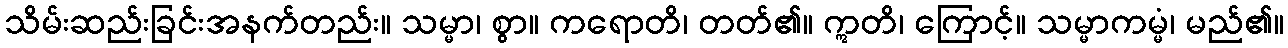
သိမ်းဆည်းခြင်းအနက်တည်း။ သမ္မာ၊ စွာ။ ကရောတိ၊ တတ်၏။ ဣတိ၊ ကြောင့်။ သမ္မာကမ္မံ၊ မည်၏။